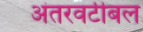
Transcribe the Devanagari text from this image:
अंतरवर्टीबल